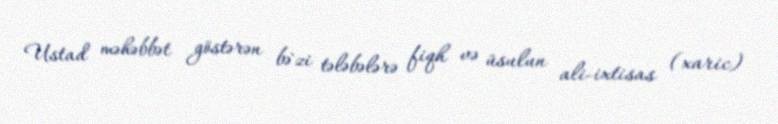
Ustad məhəbbət göstərən bə`zi tələbələrə fiqh və üsulun ali-ixtisas (xaric)